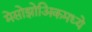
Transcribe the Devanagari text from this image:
मेसोझोअिकमध्ये